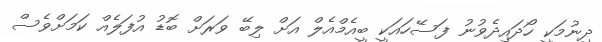
ދިނުމަކީ ހޯދައިދެވުނު ފަސޭހައަކީ ބީއެމްއެލް އަށް ލިބޭ ވަރަށް ބޮޑު އުފަލެއް ކަމަށްވެސް